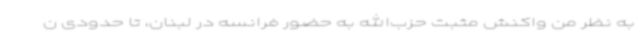
به نظر من واکنش مثبت حزب‌الله به حضور فرانسه در لبنان، تا حدودی ن